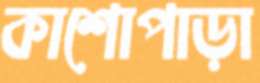
কাশোপাড়া